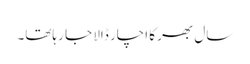
سال بھر کا اچار ڈالا جا رہاتھا۔